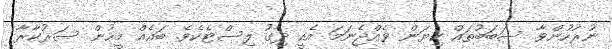
ނުރުހުންވާ ސަބަބުތައް ކިޔަން ވެއްޖެނަމަ އެއީ ދިގު ލިސްޓެކެވެ. ބައެއް މީހުން ސަރުކާރާ